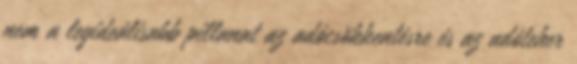
nem a legideálisabb pillanat az adócsökkentésre és az adóteher